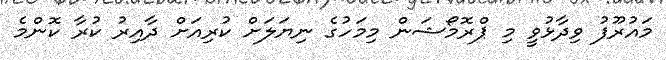
މައުރޫފު ވިދާޅުވީ މި ޕްރޮމޯޝަން މިމަހުގެ ނިޔަލަށް ކުރިއަށް ދާއިރު ކުރާ ކޮންމެ